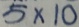
5 \times 1 0